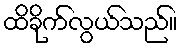
ထိခိုက်လွယ်သည်။